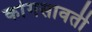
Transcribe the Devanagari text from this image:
कांगसावती